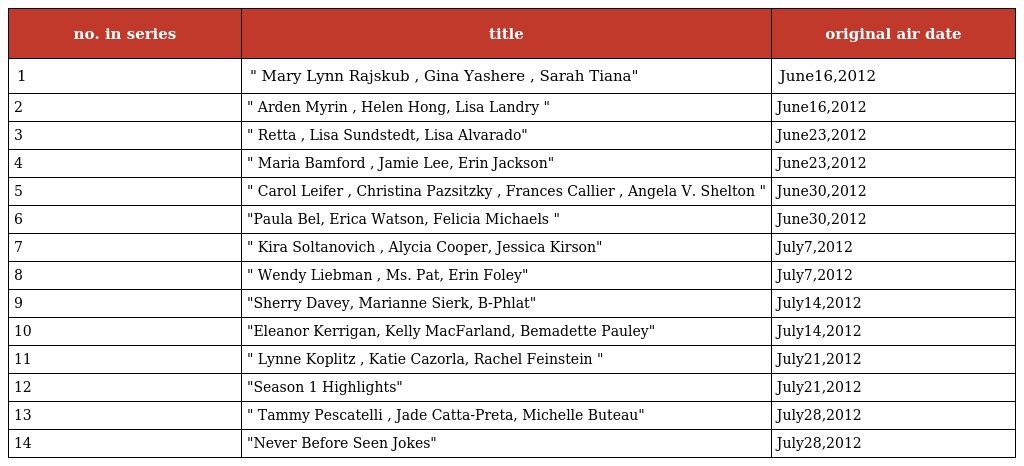
| no. in series | title | original air date |
 | --- | --- | --- |
 | 1 | " Mary Lynn Rajskub , Gina Yashere , Sarah Tiana" | June16,2012 |
 | 2 | " Arden Myrin , Helen Hong, Lisa Landry " | June16,2012 |
 | 3 | " Retta , Lisa Sundstedt, Lisa Alvarado" | June23,2012 |
 | 4 | " Maria Bamford , Jamie Lee, Erin Jackson" | June23,2012 |
 | 5 | " Carol Leifer , Christina Pazsitzky , Frances Callier , Angela V. Shelton " | June30,2012 |
 | 6 | "Paula Bel, Erica Watson, Felicia Michaels " | June30,2012 |
 | 7 | " Kira Soltanovich , Alycia Cooper, Jessica Kirson" | July7,2012 |
 | 8 | " Wendy Liebman , Ms. Pat, Erin Foley" | July7,2012 |
 | 9 | "Sherry Davey, Marianne Sierk, B-Phlat" | July14,2012 |
 | 10 | "Eleanor Kerrigan, Kelly MacFarland, Bemadette Pauley" | July14,2012 |
 | 11 | " Lynne Koplitz , Katie Cazorla, Rachel Feinstein " | July21,2012 |
 | 12 | "Season 1 Highlights" | July21,2012 |
 | 13 | " Tammy Pescatelli , Jade Catta-Preta, Michelle Buteau" | July28,2012 |
 | 14 | "Never Before Seen Jokes" | July28,2012 |